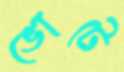
ভোটে